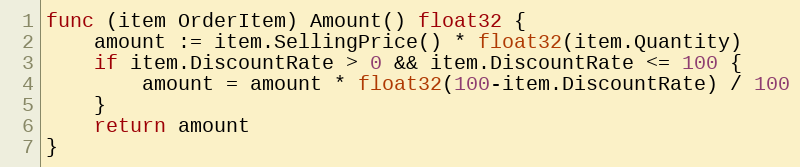
Language: Go
func (item OrderItem) Amount() float32 {
	amount := item.SellingPrice() * float32(item.Quantity)
	if item.DiscountRate > 0 && item.DiscountRate <= 100 {
		amount = amount * float32(100-item.DiscountRate) / 100
	}
	return amount
}